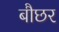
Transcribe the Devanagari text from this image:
बौछर